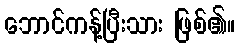
ဘောင်ကန့်ပြီးသား ဖြစ်၏။